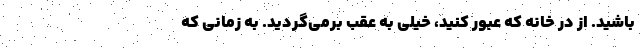
باشید. از در خانه که عبور کنید، خیلی به عقب برمی‌گردید. به زمانی که